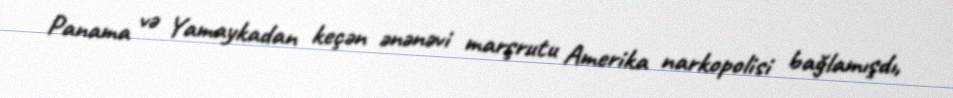
Panama və Yamaykadan keçən ənənəvi marşrutu Amerika narkopolisi bağlamışdı,